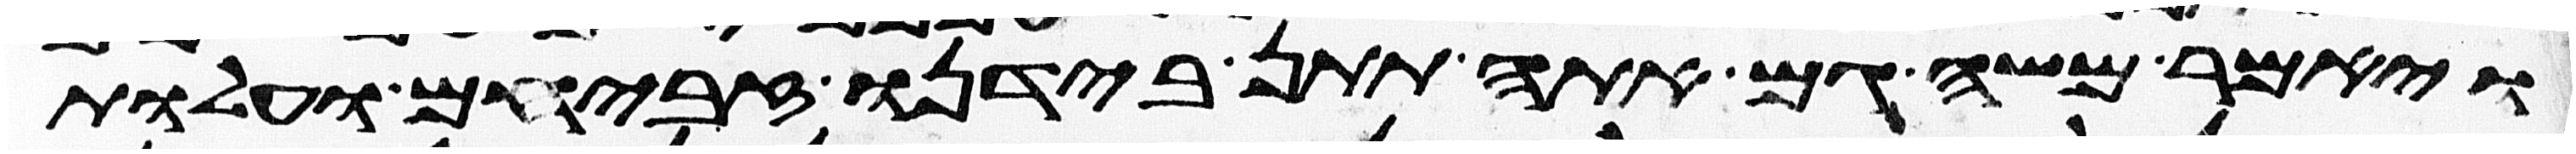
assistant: ויאמר משה גם אתה תתן בידנו זבחים ועלות